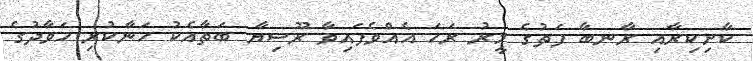
ކާށިކިރާއި ރާނބާ ފަތުގެ މީރު ރަހަ އެއްވެފައިވާ ރޫސިޔާ ބަތާއެކު ހަނާކުރި ހަވާދުގެ